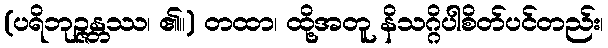
(ပရိဘုဉ္ဇန္တဿ၊ ၏။) တထာ၊ ထို့အတူ နိသဂ္ဂိပါစိတ်ပင်တည်း၊